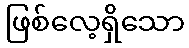
ဖြစ်လေ့ရှိသော